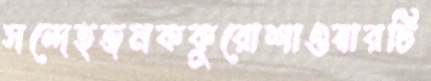
সন্দেহজনককুরোশাওয়ারটি